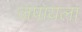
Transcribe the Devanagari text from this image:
जपायला